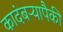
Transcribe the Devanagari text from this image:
कादंबऱ्यापैकी